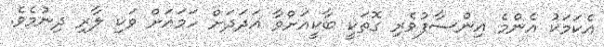
އެކަމަކު އެންމެ އިންސާފުވެރި ގޮތަކީ ބާކީއަށްވާ އަދަދަށް ހަމައަށް ވަކި ލާރި ދިނުމެވެ.